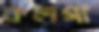
কলগা